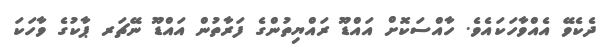
ދެކެވޭ އެއްވާހަކައެވެ. ހާއްސަކޮށް އައްޑޫ ރައްޔިތުންގެ ފަރާތުން އައްޑޫ ނޭޗަރ ޕާކުގެ ވާހަކަ